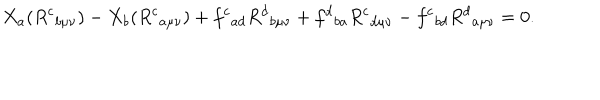
X _ { a } ( R ^ { c } { } _ { b \mu \nu } ) - X _ { b } ( R ^ { c } { } _ { a \mu \nu } ) + f ^ { c } { } _ { a d } R ^ { d } { } _ { b \mu \nu } + f ^ { d } { } _ { b a } R ^ { c } { } _ { d \mu \nu } - f ^ { c } { } _ { b d } R ^ { d } { } _ { a \mu \nu } = 0 .